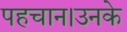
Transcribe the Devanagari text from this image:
पहचान।उनके